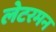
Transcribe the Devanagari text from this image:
लेटरमन